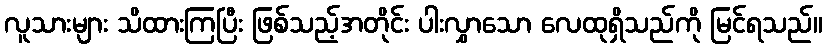
လူသားများ သိထားကြပြီး ဖြစ်သည့်အတိုင်း ပါးလွှာသော လေထုရှိသည်ကို မြင်ရသည်။